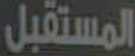
المستقبل